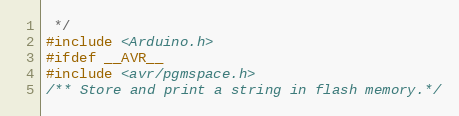
Language: C
 */
#include <Arduino.h>
#ifdef __AVR__
#include <avr/pgmspace.h>
/** Store and print a string in flash memory.*/